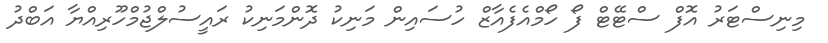
މިނިސްޓަރު އޮފް ސްޓޭޓް ފޯ ހޯމްއެފެއާޒް ހުސައިން މަނިކު ދޮންމަނިކު ރައީސުލްޖުމްހޫރިއްޔާ އަބްދު